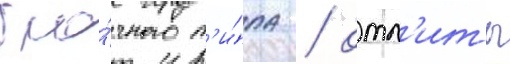
бло́чного т'и́па / отл'иты